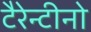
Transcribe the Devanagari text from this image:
टैरेन्टीनो